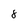
Character: 8